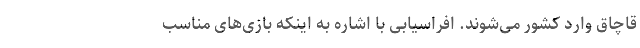
قاچاق وارد کشور می‌شوند. افراسیابی با اشاره به اینکه بازی‌های مناسب